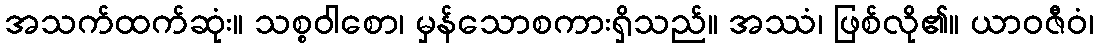
အသက်ထက်ဆုံး။ သစ္စဝါစော၊ မှန်သောစကားရှိသည်။ အဿံ၊ ဖြစ်လို၏။ ယာဝဇီဝံ၊